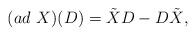
LaTeX: \begin{align*}(ad~X)(D) = \tilde{X}D - D\tilde{X},\end{align*}